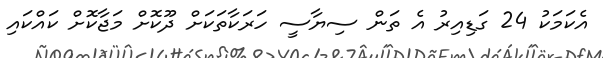
އެކަމަކު 24 ގަޑިއިރު އެ ތަން ސިޔާސީ ހަރަކާތަކަށް ދޫކޮށް މަޖާކޮށް ކައްކައި